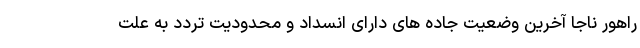
راهور ناجا آخرین وضعیت جاده های دارای انسداد و محدودیت تردد به علت